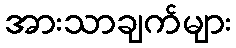
အားသာချက်များ